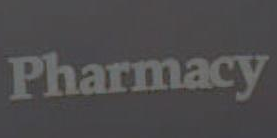
Pharmacy